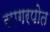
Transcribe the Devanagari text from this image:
सागरपोत